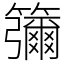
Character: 䉲